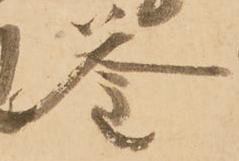
釜